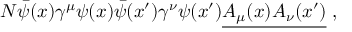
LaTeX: N { \bar { \psi } } ( x ) \gamma ^ { \mu } \psi ( x ) { \bar { \psi } } ( x ^ { \prime } ) \gamma ^ { \nu } \psi ( x ^ { \prime } ) { \underline { { A _ { \mu } ( x ) A _ { \nu } ( x ^ { \prime } ) } } } \; ,